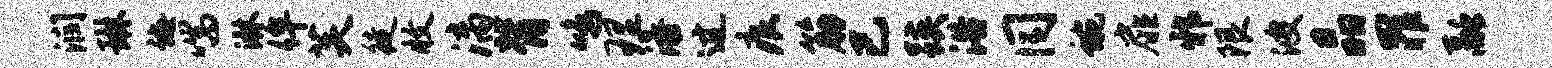
润琳诲喘淋侔芙徒收漓背鸣理添过痕筋已蹊浴同蜿扉邪限波晶罪融